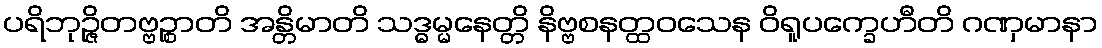
ပရိဘုဉ္ဇိတဗ္ဗဉ္စာတိ အန္တိမာတိ သဒ္ဓမ္မနေတ္တိ နိဗ္ဗစနတ္ထဝသေန ဝိရူပက္ခေဟီတိ ဂဏှမာနာ